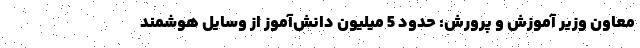
معاون وزیر آموزش و پرورش: حدود 5 میلیون دانش‌آموز از وسایل هوشمند